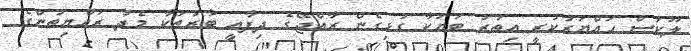
ލޫކަސް ހައްޔަރުކުރީ އިތުރު ބަޔަކާ ގުޅިގެން ރާއްޖޭގެ ދިފާއީ ބާރުތަކާ މެދު ރައްޔިތުންގެ